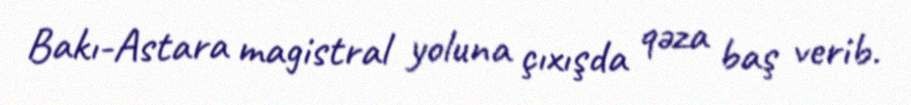
Bakı-Astara magistral yoluna çıxışda qəza baş verib.